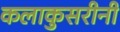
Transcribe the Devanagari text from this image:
कलाकुसरीनी